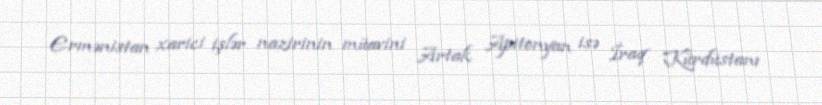
Ermənistan xarici işlər nazirinin müavini Artak Apitonyan isə İraq Kürdüstanı